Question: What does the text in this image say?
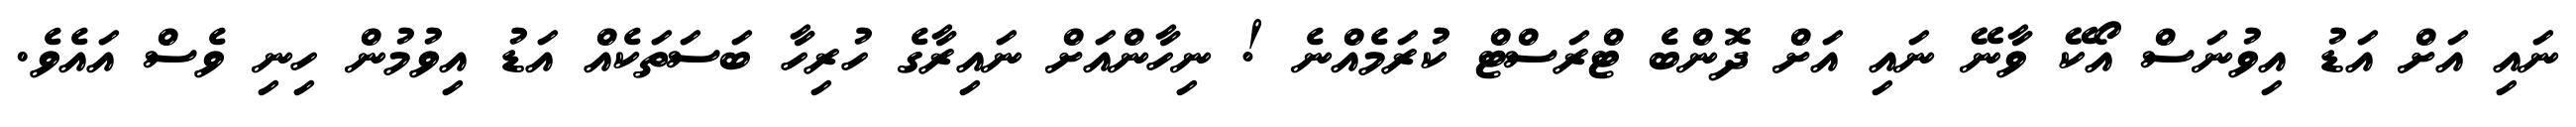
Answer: ނައި އަށް އަޑު އިވުނަސް އޯކޭ ވާނޭ ނައި އަށް ދޮންބެ ޓްރަސްޓް ކުރަމެއްނެ ! ނިހާންއަށް ނައިރާގެ ހުރިހާ ބަސަތަކެއް އަޑު އިވުމުން ހިނި ވެސް އައެވެ.